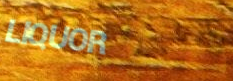
LIQUOR